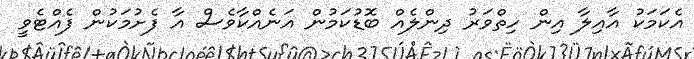
އެކަމަކު އާއިލާ އިން ހިތްވަރު ދިންލެއް ބޮޑުކަމުން އަނެއްކާވެސް އާ ފެށުމަކުން ފެއްޓެވީ